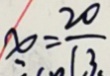
x = \frac { 2 0 } { 1 3 }